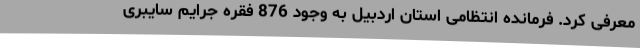
معرفی کرد. فرمانده انتظامی استان اردبیل به وجود 876 فقره جرایم سایبری